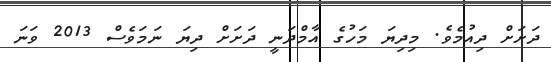
ދަށަށް ދިއުމެވެ. މިދިޔަ މަހުގެ އާމްދަނީ ދަށަށް ދިޔަ ނަމަވެސް 2013 ވަނަ